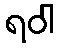
ရဝါ